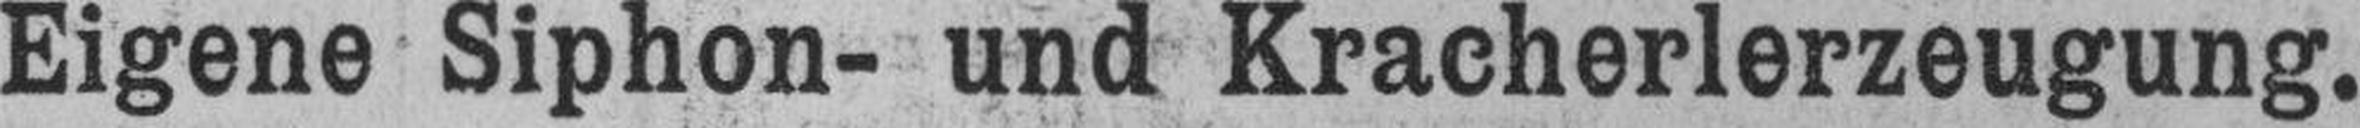
Eigene Siphon- und Kracherlerzeugung.